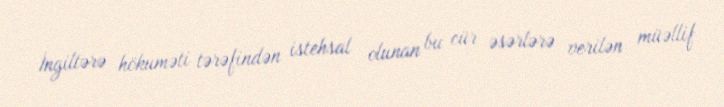
İngiltərə hökuməti tərəfindən istehsal olunan bu cür əsərlərə verilən müəllif